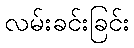
လမ်းခင်းခြင်း